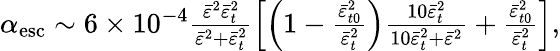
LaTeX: \begin{array}{r}{\alpha_{\mathrm{esc}}\sim 6\times 10^{-4}\frac{\bar{\varepsilon}^{2}\bar{\varepsilon}_{t}^{2}}{\bar{\varepsilon}^{2}+\bar{\varepsilon}_{t}^{2}}\left[\left(1-\frac{\bar{\varepsilon}_{t0}^{2}}{\bar{\varepsilon}_{t}^{2}}\right)\frac{10\bar{\varepsilon}_{t}^{2}}{10\bar{\varepsilon}_{t}^{2}+\bar{\varepsilon}^{2}}+\frac{\bar{\varepsilon}_{t0}^{2}}{\bar{\varepsilon}_{t}^{2}}\right],}\end{array}